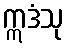
ဣဒံသု